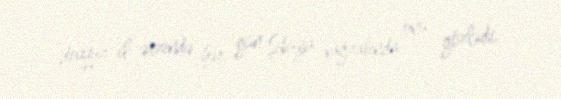
doqquz il ərzində hər gün Şibuya vağzalında onu gözlədi.